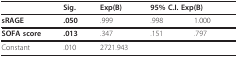
|  | Sig. | Exp(B) | <COLSPAN=2> 95% C.I. Exp(B) |
 | --- | --- | --- | --- | --- |
 | sRAGE | .050 | .999 | .998 | 1.000 |
 | SOFA score | .013 | .347 | .151 | .797 |
 | Constant | .010 | 2721.943 |  |  |